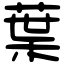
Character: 葉